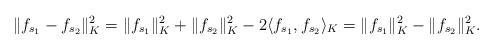
LaTeX: \begin{align*}\|f_{s_1}-f_{s_2}\|_{K}^2=\|f_{s_1}\|_{K}^2+\|f_{s_2}\|_{K}^2-2\langle f_{s_1},f_{s_2}\rangle_{K}=\|f_{s_1}\|_{K}^2-\|f_{s_2}\|_{K}^2.\end{align*}